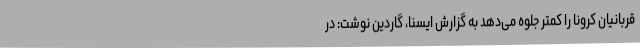
قربانیان کرونا را کمتر جلوه می‌دهد به گزارش ایسنا، گاردین نوشت: در